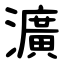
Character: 瀇